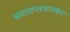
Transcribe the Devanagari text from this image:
भगवन्तभास्करः